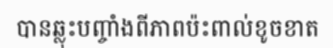
បានឆ្លុះបញ្ចាំងពីភាពប៉ះពាល់ខូចខាត